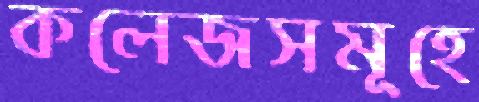
কলেজসমূহে